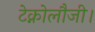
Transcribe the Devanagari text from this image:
टेक्नोलौजी।